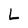
Character: L